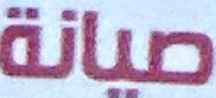
صیانة